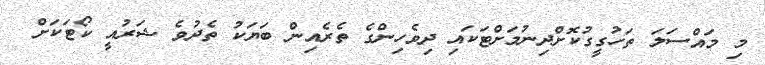
މި މައްސަލަ ތަހުގީގުކޮށްދިނުމަށްޓަކައި ދިވެހިންގެ ތެރެއިން ބަޔަކު ތެދުވެ ޝަރުއީ ކޯޓަކަށް